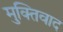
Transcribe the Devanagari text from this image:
मुक्तिवाद